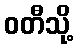
ဝတီသို့